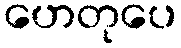
ဟေတုပေ